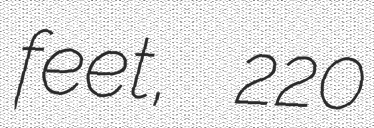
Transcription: feet, 220